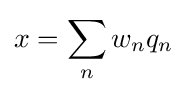
x=\sum _{n}w_{n}q_{n}